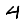
Digit: 4